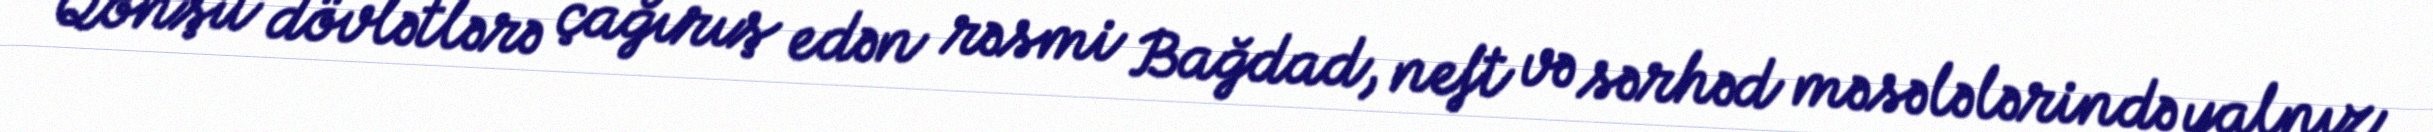
Qonşu dövlətlərə çağırış edən rəsmi Bağdad, neft və sərhəd məsələlərində yalnız